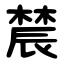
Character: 辳